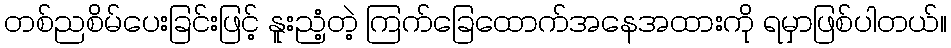
တစ်ညစိမ်ပေးခြင်းဖြင့် နူးညံ့တဲ့ ကြက်ခြေထောက်အနေအထားကို ရမှာဖြစ်ပါတယ်။